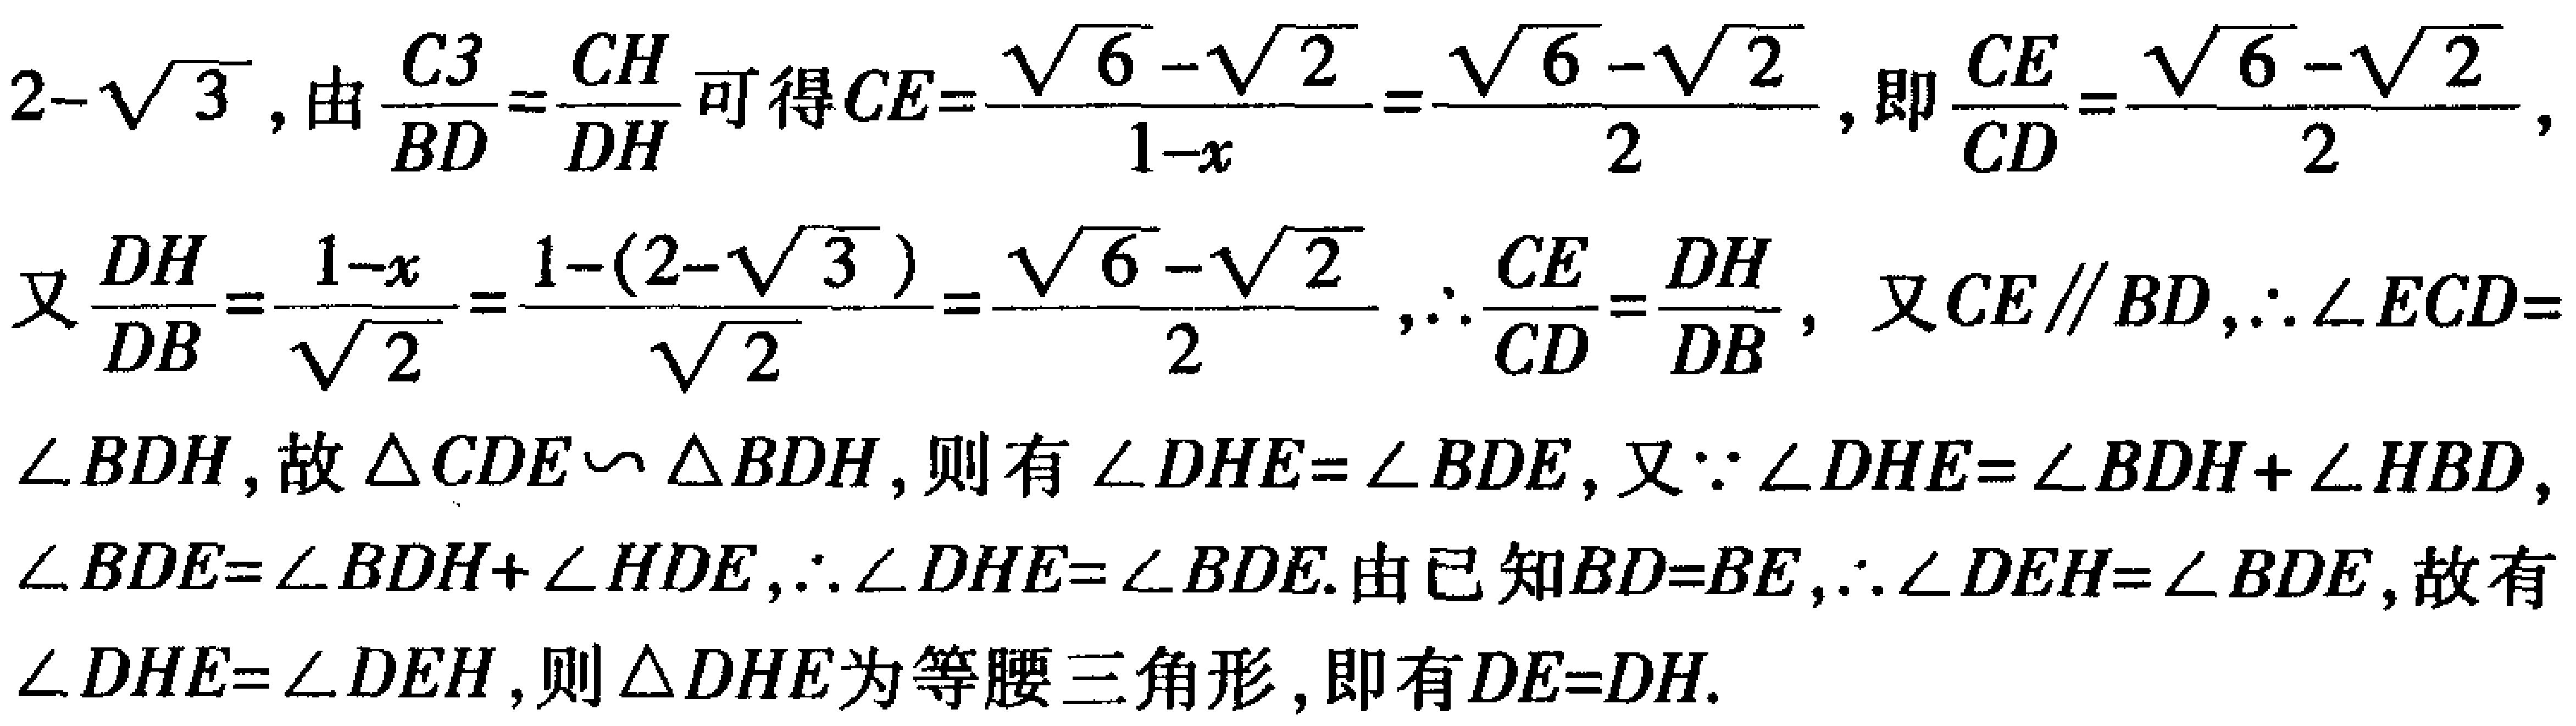
$2 - \sqrt{3}$, 由$\frac{C3}{BD}=\frac{CH}{DH}$可得$CE = \frac{\sqrt{6}-\sqrt{2}}{1 - x}=\frac{\sqrt{6}-\sqrt{2}}{2}$, 即$\frac{CE}{CD}=\frac{\sqrt{6}-\sqrt{2}}{2}$, 又$\frac{DH}{DB}=\frac{1 - x}{\sqrt{2}}=\frac{1-(2 - \sqrt{3})}{\sqrt{2}}=\frac{\sqrt{6}-\sqrt{2}}{2}$, $\therefore\frac{CE}{CD}=\frac{DH}{DB}$, 又$CE\parallel BD$, $\therefore\angle ECD = \angle BDH$, 故$\triangle CDE\backsim\triangle BDH$, 则有$\angle DHE=\angle BDE$, 又$\because\angle DHE=\angle BDH+\angle HBD$, $\angle BDE=\angle BDH+\angle HDE$, $\therefore\angle DHE=\angle BDE$. 由已知$BD = BE$, $\therefore\angle DEH=\angle BDE$, 故有$\angle DHE=\angle DEH$, 则$\triangle DHE$为等腰三角形, 即有$DE = DH$.